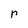
Character: r